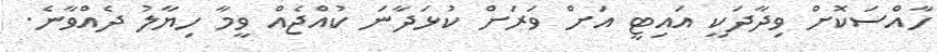
ހާއްސަކޮށް ވިދާދަކީ އައިޓީ އަށް ވަރަށް ކުޅަދާނަ ކުއްޖެއް ވީމާ ހިޔާލު ދެއްވާނެ.